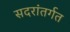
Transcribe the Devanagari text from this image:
सदरांतर्गत